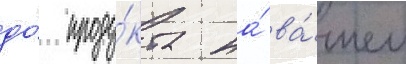
до́ проду́кта на́ ва́шем